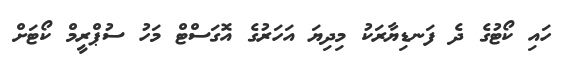
ހައި ކޯޓުގެ ދެ ފަނޑިޔާރަކު މިދިޔަ އަހަރުގެ އޮގަސްޓް މަހު ސުޕްރީމް ކޯޓަށް